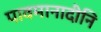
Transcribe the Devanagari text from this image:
पावमानादीनि